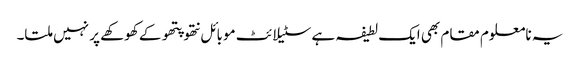
یہ نامعلوم مقام بھی ایک لطیفہ ہے سٹیلائٹ موبائل نتھو پتھو کے کھوکھے پر نہیں ملتا۔